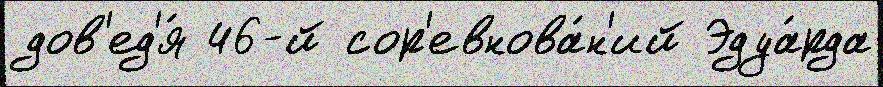
дов'ед'я́ 46-й сор'евнова́н'ий Эдуа́рда